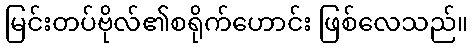
မြင်းတပ်ဗိုလ်၏စရိုက်ဟောင်း ဖြစ်လေသည်။